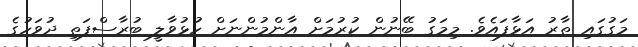
މަގުގައި ތާރު އަޅާފައެވެ. މިމަގު ބޭނުން ކުރުމަށް އާންމުންނަށް ހުޅުވާލީ ބުރާސްފަތި ދުވަހުގެ